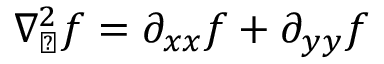
\nabla _ { \perp } ^ { 2 } f = \partial _ { x x } f + \partial _ { y y } f